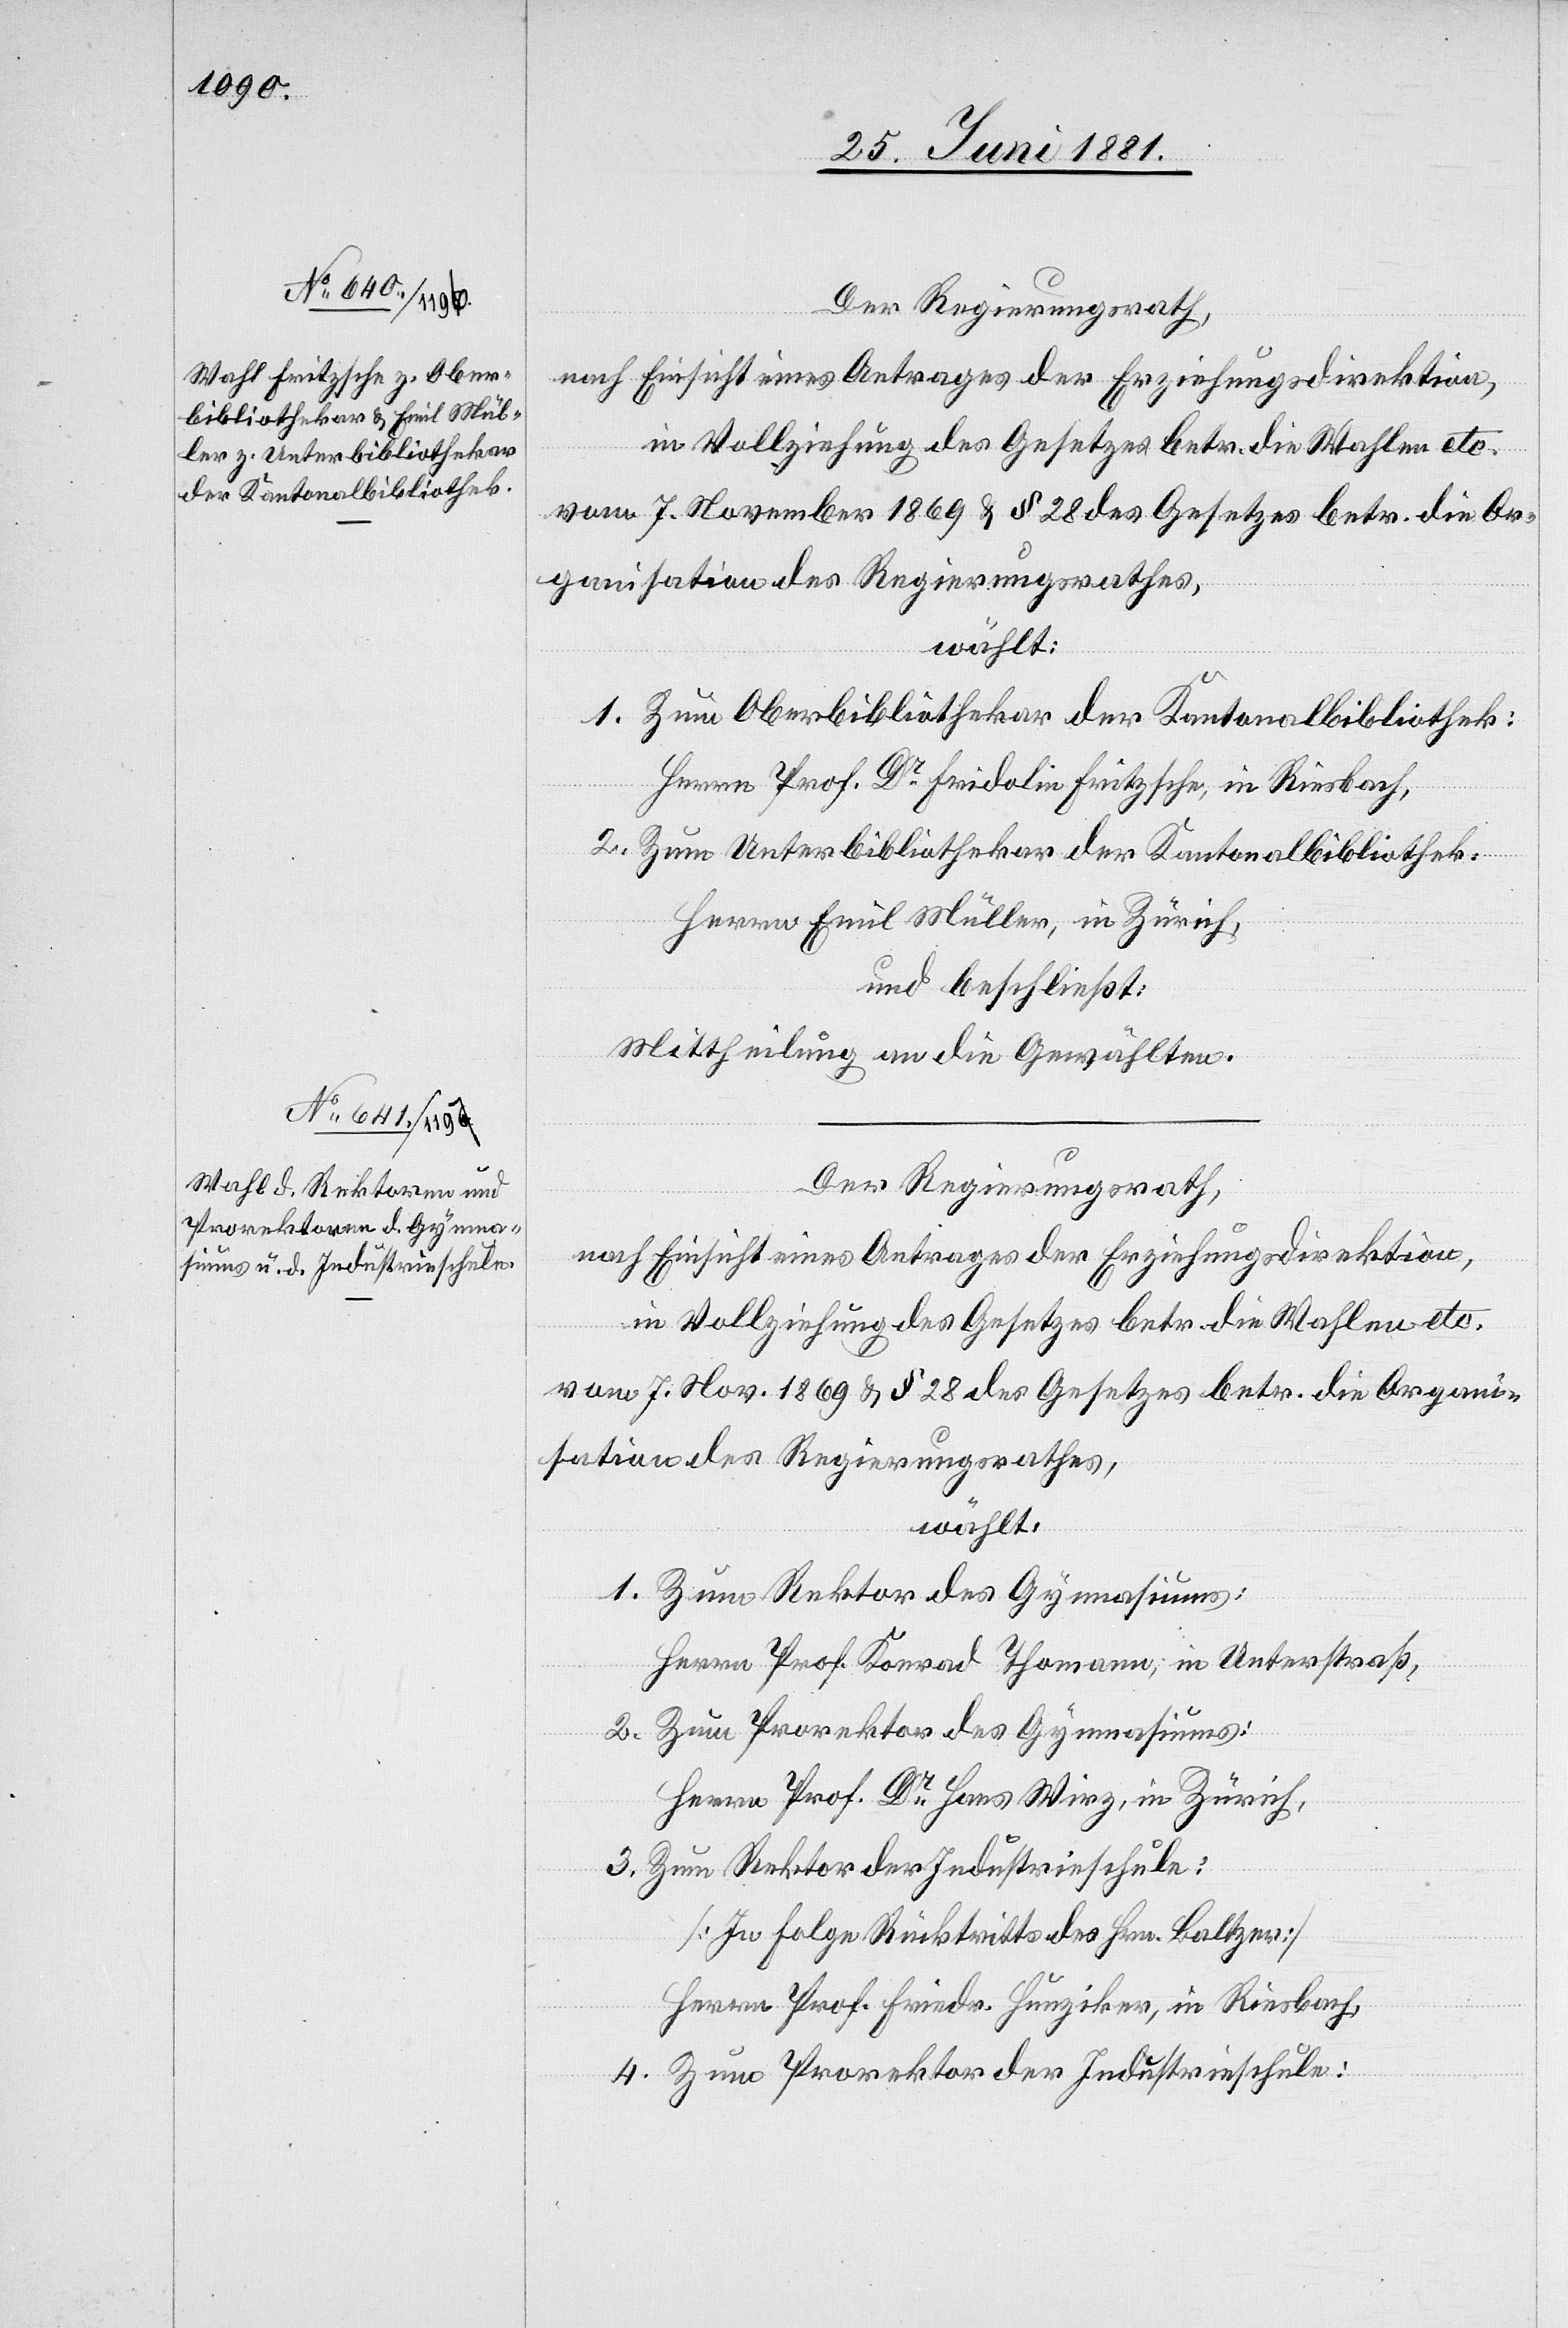
Der Regierungsrath,
nach Einsicht eines Antrages der Erziehungsdirektion,
in Vollziehung des Gesetzes betr. die Wahlen etc.
vom 7. November & § 28 des Gesetzes betr. die Or¬
ganisation des Regierungsrathes,
wählt:
1. Zum Oberbibliothekar der Kantonalbibliothek:
Herr Prof. Dr Fridolin Fritzsche, in Riesbach,
2. Zum Unterbibliothekar der Kantonalbibliothek:
Herrn Emil Müller, in Zürich,
und beschließt:
Mittheilung an die Gewählten.
Der Regierungsrath,
nach Einsicht eines Antrages der Erziehungsdirektion,
wählt:
1. Zum Rektor des Gymnasiums:
Herr Prof. Konrad Thomann, in Unterstraß,
2. Zum Prorektor des Gymnasiums:
Herr Prof. Dr Hans Wirz, in Zürich,
3. Zum Rektor der Industrieschule:
[In Folge Rücktritts des Hrn. Baltzer]
Herr Prof. Friedr. Hunziker, in Riesbach,
4. Zum Prorektor der Industrieschule: